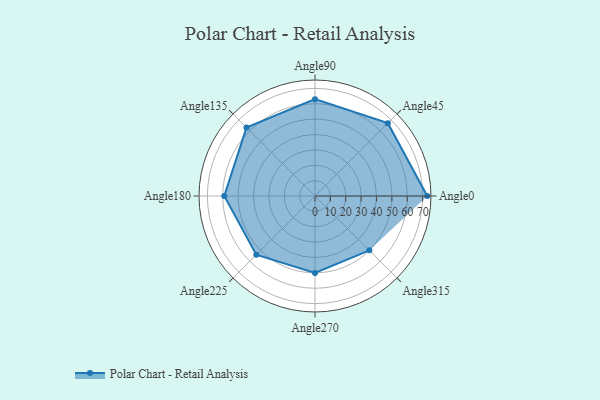
{"axis": {"x": "Angle", "y": "Radius"}, "legend": [""], "data": [{"x": "Angle0", "y": 73.0, "type": ""}, {"x": "Angle45", "y": 67.0, "type": ""}, {"x": "Angle90", "y": 63.0, "type": ""}, {"x": "Angle135", "y": 63.0, "type": ""}, {"x": "Angle180", "y": 59.0, "type": ""}, {"x": "Angle225", "y": 54.0, "type": ""}, {"x": "Angle270", "y": 50, "type": ""}, {"x": "Angle315", "y": 50, "type": ""}]}